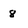
Character: 8